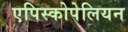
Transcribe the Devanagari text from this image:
एपिस्कोपेलियन